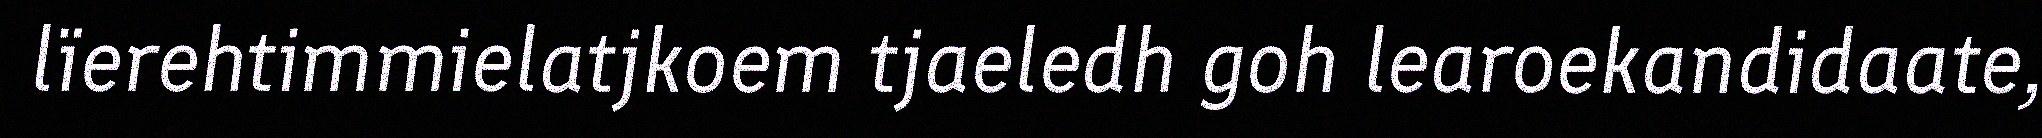
lïerehtimmielatjkoem tjaeledh goh learoekandidaate,